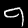
Label: 9